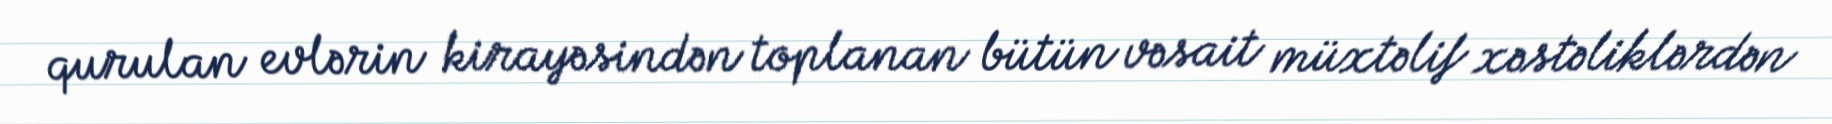
qurulan evlərin kirayəsindən toplanan bütün vəsait müxtəlif xəstəliklərdən